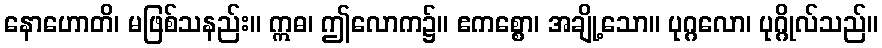
နောဟောတိ၊ မဖြစ်သနည်း။ ဣဓ၊ ဤလောက၌။ ဧကစ္စော၊ အချို့သော။ ပုဂ္ဂလော၊ ပုဂ္ဂိုလ်သည်။